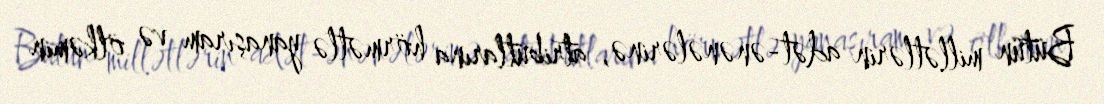
Bütün millətlərin adət-ənənələrinə, atributlarına hörmətlə yanaşıram və ölkəmin